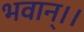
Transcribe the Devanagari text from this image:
भवान्।।